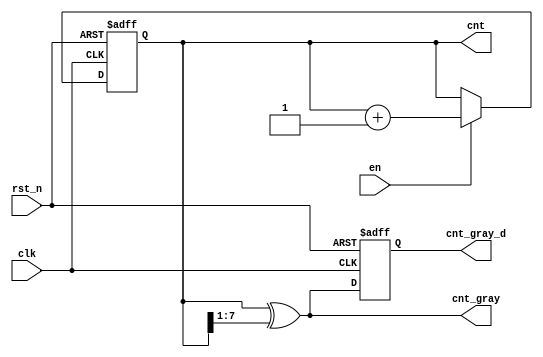
// This program was cloned from: https://github.com/huangxc6/verilog_practice
// License: MIT License

module ccnt_gray #(
	parameter W = 32'd8
	)(
	input			clk   	   ,  // Clock
	input			rst_n 	   ,  // Asynchronous reset active low
	input			en 	  	   ,
	   
	output	[W-1:0]	cnt   	   ,  // count output
	output	[W-1:0]	cnt_gray   ,  // count's gray code
	output	[W-1:0]	cnt_gray_d    // count's gray code buffer output

);
	reg [W-1:0] cnt_r ;
	always @(posedge clk or negedge rst_n) begin
		if (rst_n == 1'b0) begin
			cnt_r <= 'b0 ;
		end
		else if (en) begin
			cnt_r <= cnt_r + 1'b1  ;
		end
	end

	assign cnt = cnt_r ;
	assign cnt_gray = cnt ^ (cnt >> 1) ;

	reg [W-1:0] cnt_gray_buf ;
	always @(posedge clk or negedge rst_n) begin
		if (rst_n == 1'b0) begin
			cnt_gray_buf <= 'b0 ;
		end
		else begin
			cnt_gray_buf <= cnt_gray ;
		end
	end

	assign cnt_gray_d = cnt_gray_buf ;

endmodule